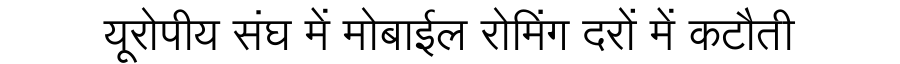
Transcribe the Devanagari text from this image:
यूरोपीय संघ में मोबाईल रोमिंग दरों में कटौती